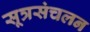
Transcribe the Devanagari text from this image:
सूत्रसंचलन